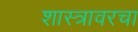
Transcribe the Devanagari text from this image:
शास्त्रावरचा